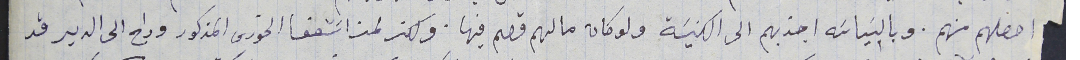
احصلهم منهم. وبالسَياسَه اجذبهم الى الكنيسَة ولو كان ما لهم قصم فيها. ولكن لمن اسَتـعفا الخورى المذكور وراح الى الدير قد